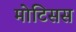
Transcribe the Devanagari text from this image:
मोटिसस